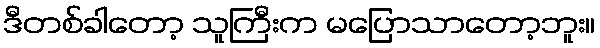
ဒီတစ်ခါတော့ သူကြီးက မပြောသာတော့ဘူး။